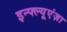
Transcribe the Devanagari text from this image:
इन्फ्ल्यूएंज़ा